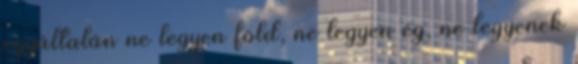
egyáltalán ne legyen föld, ne legyen ég, ne legyenek